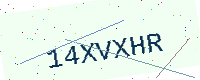
Text: 14XVXHR